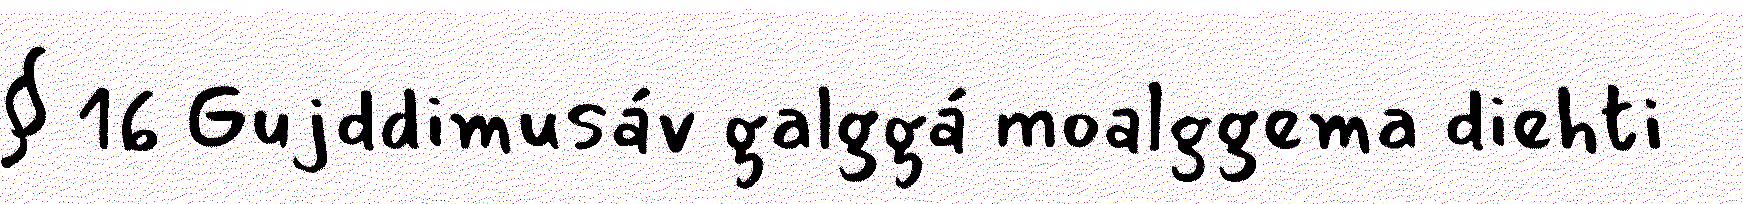
§ 16 Gujddimusáv galggá moalggema diehti